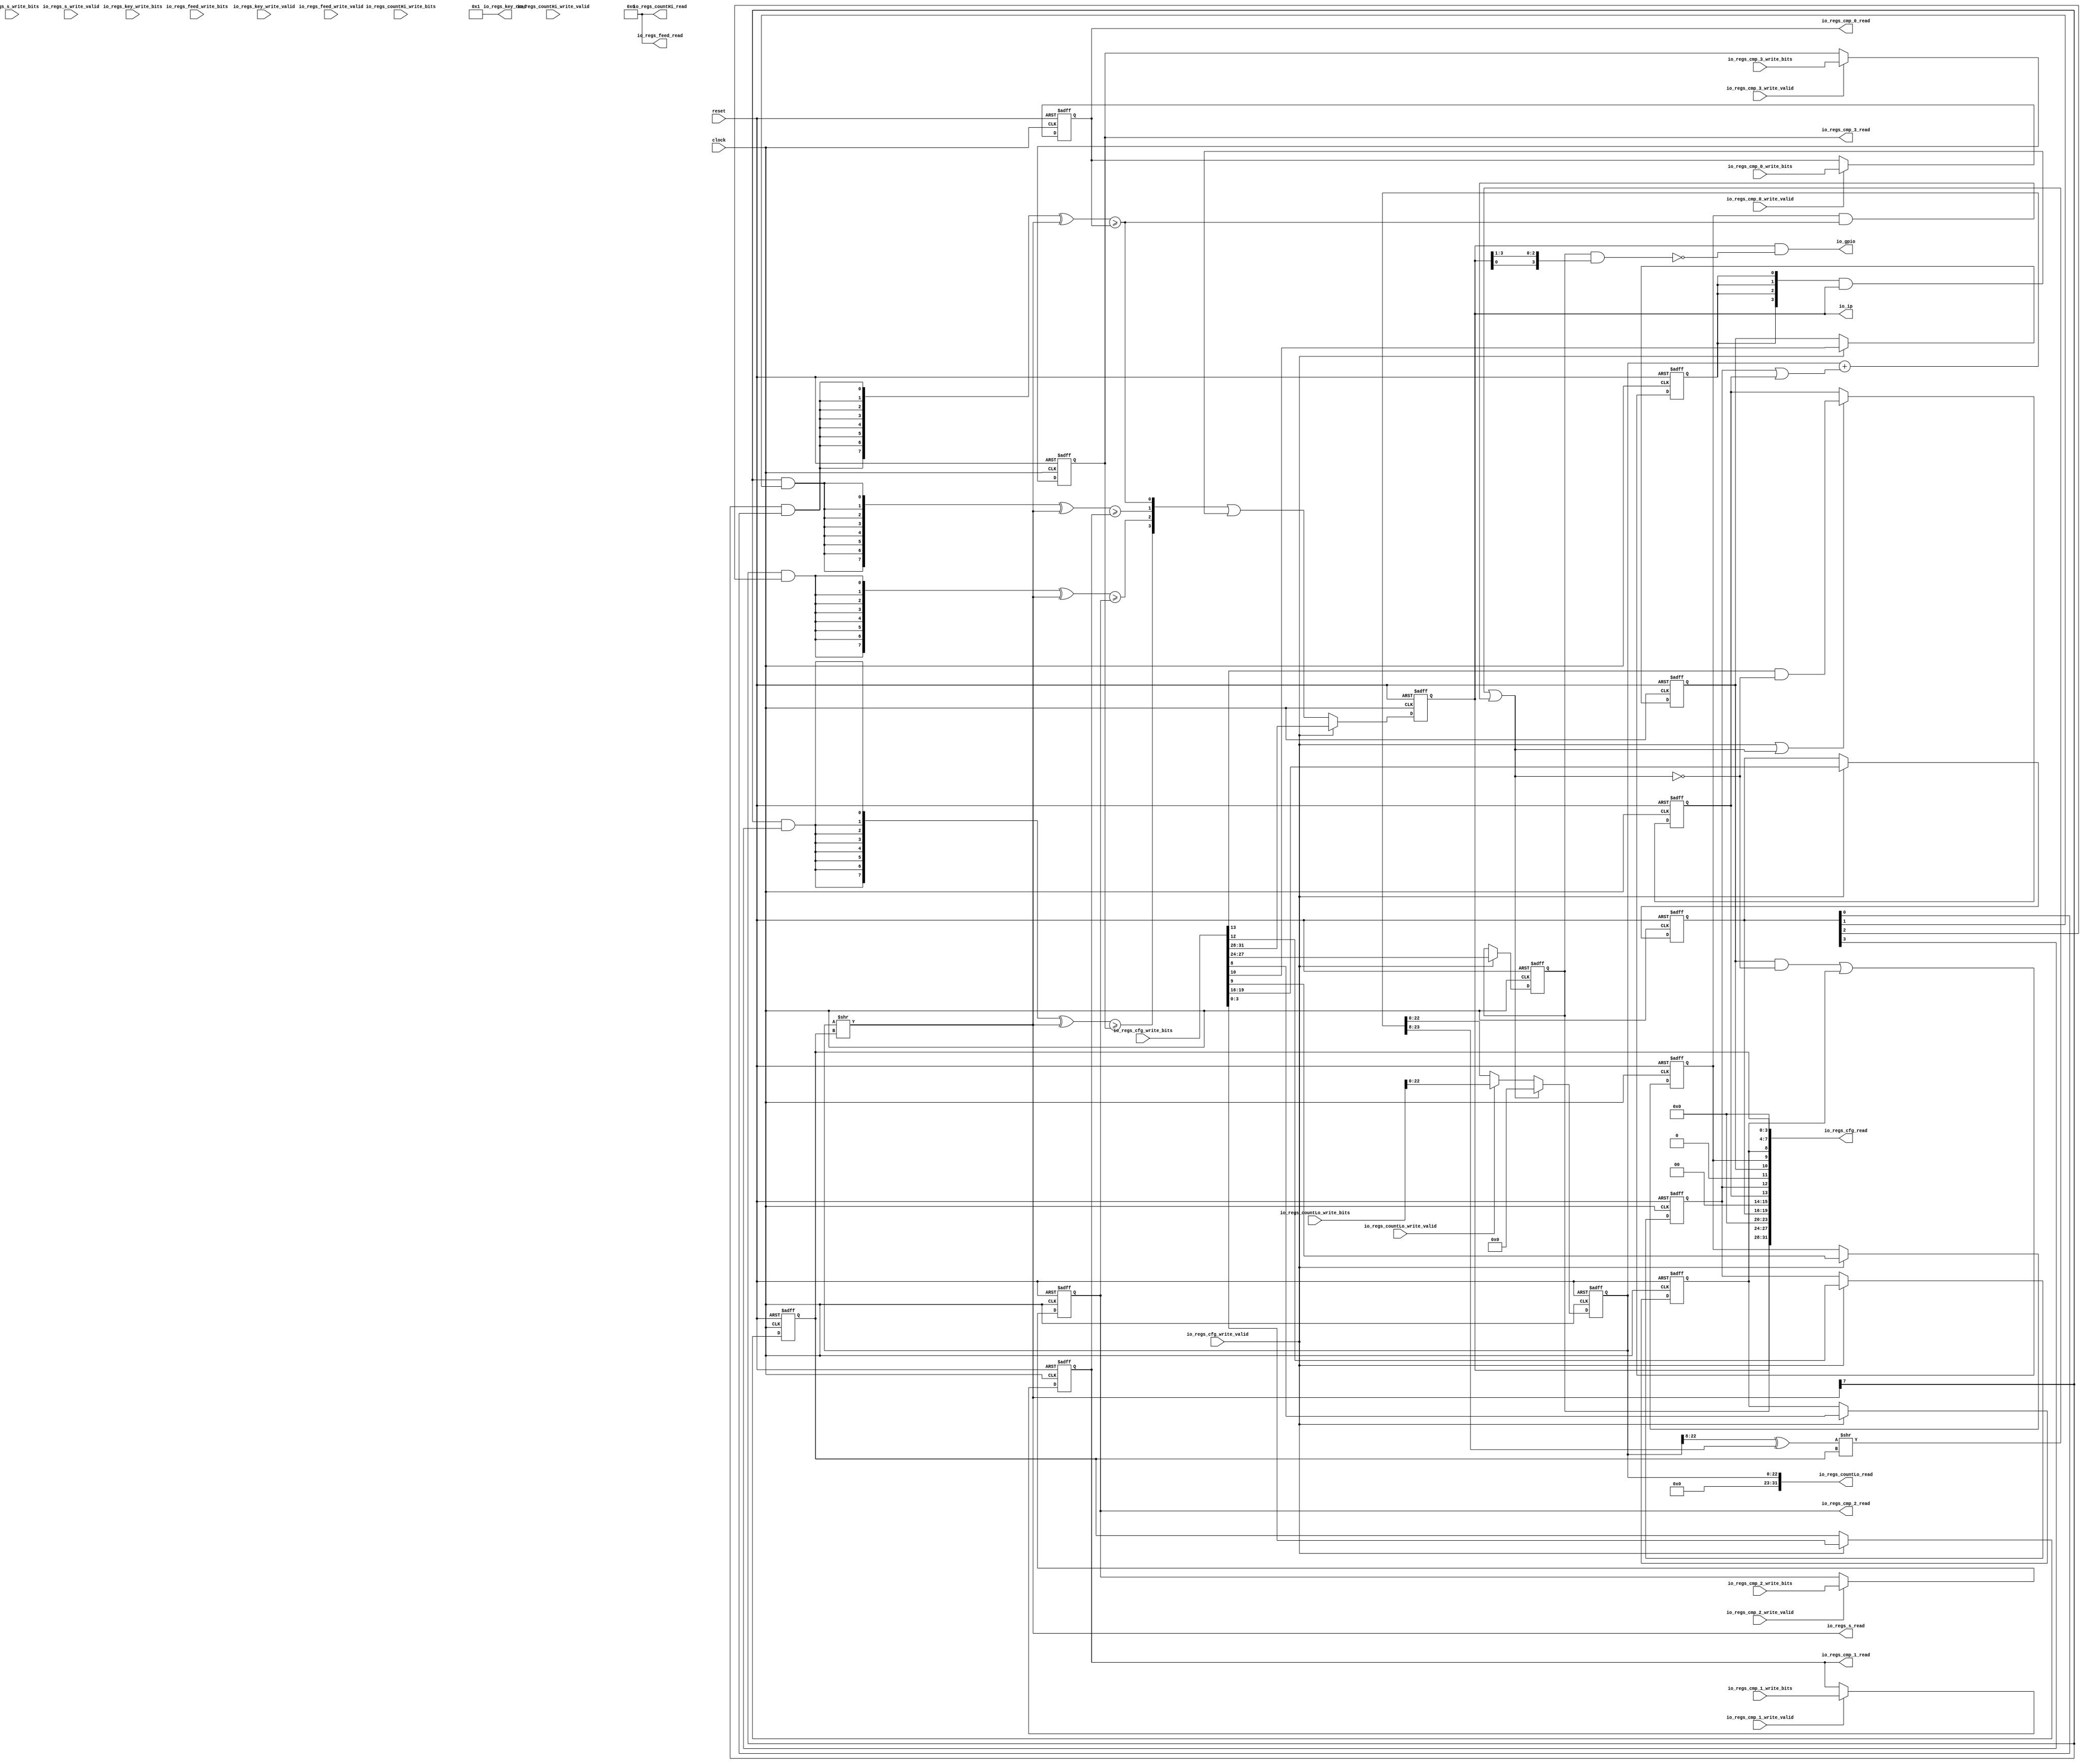
module sirv_pwm8_core(
  input   clock,
  input   reset,
  input   io_regs_cfg_write_valid,
  input  [31:0] io_regs_cfg_write_bits,
  output [31:0] io_regs_cfg_read,
  input   io_regs_countLo_write_valid,
  input  [31:0] io_regs_countLo_write_bits,
  output [31:0] io_regs_countLo_read,
  input   io_regs_countHi_write_valid,
  input  [31:0] io_regs_countHi_write_bits,
  output [31:0] io_regs_countHi_read,
  input   io_regs_s_write_valid,
  input  [7:0] io_regs_s_write_bits,
  output [7:0] io_regs_s_read,
  input   io_regs_cmp_0_write_valid,
  input  [7:0] io_regs_cmp_0_write_bits,
  output [7:0] io_regs_cmp_0_read,
  input   io_regs_cmp_1_write_valid,
  input  [7:0] io_regs_cmp_1_write_bits,
  output [7:0] io_regs_cmp_1_read,
  input   io_regs_cmp_2_write_valid,
  input  [7:0] io_regs_cmp_2_write_bits,
  output [7:0] io_regs_cmp_2_read,
  input   io_regs_cmp_3_write_valid,
  input  [7:0] io_regs_cmp_3_write_bits,
  output [7:0] io_regs_cmp_3_read,
  input   io_regs_feed_write_valid,
  input  [31:0] io_regs_feed_write_bits,
  output [31:0] io_regs_feed_read,
  input   io_regs_key_write_valid,
  input  [31:0] io_regs_key_write_bits,
  output [31:0] io_regs_key_read,
  output  [3:0] io_ip,
  output  [3:0] io_gpio
);
  reg [3:0] scale;
  reg [7:0] cmp_0;
  reg [7:0] cmp_1;
  reg [7:0] cmp_2;
  reg [7:0] cmp_3;
//  reg [4:0] T_196;
//  wire [5:0] T_197;
//  reg [17:0] T_199;
//  wire [18:0] T_202;
  localparam PWMCOUNT_WIDTH = PWMS_WIDTH+15;
  reg [PWMCOUNT_WIDTH-1:0] pwmcount;
  wire [PWMCOUNT_WIDTH:0] pwmcount_inc;
//  wire [32:0] T_207;
  localparam PWMS_WIDTH = 8;
  wire [PWMS_WIDTH-1:0] pwms;
  reg [3:0] center;
  wire [3:0] elapsed;
  wire [3:0] pwms_center;
//  wire [7:0] T_217;
//  wire  elapsed_0;
  reg  zerocmp;
  wire  countReset;
  reg  deglitch;
  reg  sticky;
  reg  ip_clr;
  reg [3:0] ip;
  reg [3:0] gang;
  reg  oneShot;
  reg  countAlways;
//  wire [3:0] T_361;
  assign io_regs_cfg_read = {ip,gang,4'h0,center,2'h0,oneShot,countAlways,1'h0,deglitch,zerocmp,sticky,4'h0,scale};
  assign io_regs_countLo_read = {9'd0, pwmcount};
  assign io_regs_countHi_read = 32'h0;
  assign io_regs_s_read = pwms;
  assign io_regs_cmp_0_read = cmp_0;
  assign io_regs_cmp_1_read = cmp_1;
  assign io_regs_cmp_2_read = cmp_2;
  assign io_regs_cmp_3_read = cmp_3;
  assign io_regs_feed_read = 32'h0;
  assign io_regs_key_read = 32'h1;
  assign io_ip = ip;
//  assign io_gpio_0 = T_361[0];
//  assign io_gpio_1 = T_361[1];
//  assign io_gpio_2 = T_361[2];
//  assign io_gpio_3 = T_361[3];
//  assign T_197 = T_196 + {4'd0, (countAlways | oneShot)};
//  assign T_202 = T_199 + 18'h1;
//  assign pwmcount = {T_199,T_196};
  assign pwmcount_inc = pwmcount + {{PWMCOUNT_WIDTH-1{1'b0}},(countAlways | oneShot)};
//  assign T_207 = {1'h0,io_regs_countLo_write_bits};
  assign pwms = pwmcount >> scale;
  assign pwms_center[0] = pwms[PWMS_WIDTH-1] & center[0];
  assign pwms_center[1] = pwms[PWMS_WIDTH-1] & center[1];
  assign pwms_center[2] = pwms[PWMS_WIDTH-1] & center[2];
  assign pwms_center[3] = pwms[PWMS_WIDTH-1] & center[3];
//  assign T_217 = ~ T_209[7:0];
  assign elapsed[0] = ({PWMS_WIDTH{pwms_center[0]}} ^ pwms) >= cmp_0;
  assign elapsed[1] = ({PWMS_WIDTH{pwms_center[1]}} ^ pwms) >= cmp_1;
  assign elapsed[2] = ({PWMS_WIDTH{pwms_center[2]}} ^ pwms) >= cmp_2;
  assign elapsed[3] = ({PWMS_WIDTH{pwms_center[3]}} ^ pwms) >= cmp_3;
  // Carry out bit from the "scale window" part of the 
//  wire scale_co = ({(T_197[5] ? ({1'd0,T_199[17:1]} ^ T_202[18:1]) : 18'h0), (({1'd0,T_196[4:1]}) ^ T_197[5:1])} >> {~scale[3],scale[2:0]}/*(scale + 4'h8)[3:0]*/);
  wire scale_co = ({1'd0,pwmcount[PWMCOUNT_WIDTH-1:8]} ^ pwmcount_inc[PWMCOUNT_WIDTH:8]) >> scale;
  assign countReset = scale_co | (zerocmp & elapsed[0]);
  assign io_gpio = ip & ~(gang & {ip[0],ip[3:1]});
  
  always @(posedge clock or posedge reset)
  if(reset) begin
      scale <= 4'b0;
      cmp_0 <= 8'b0;
      cmp_1 <= 8'b0;
      cmp_2 <= 8'b0;
      cmp_3 <= 8'b0;
//      T_196 <= 5'b0;
//      T_199 <= 18'b0;
      pwmcount <= {PWMCOUNT_WIDTH{1'b0}};
      center <= 4'b0;
      zerocmp <= 1'b0;
      deglitch <= 1'b0;
      sticky <= 1'b0;
      ip_clr <= 1'b0;
      ip <= 4'b0;
      gang <= 4'b0;
  end
  else begin
    if (io_regs_cfg_write_valid) begin
      scale <= io_regs_cfg_write_bits[3:0];
    end
    if (io_regs_cmp_0_write_valid) begin
      cmp_0 <= io_regs_cmp_0_write_bits;
    end
    if (io_regs_cmp_1_write_valid) begin
      cmp_1 <= io_regs_cmp_1_write_bits;
    end
    if (io_regs_cmp_2_write_valid) begin
      cmp_2 <= io_regs_cmp_2_write_bits;
    end
    if (io_regs_cmp_3_write_valid) begin
      cmp_3 <= io_regs_cmp_3_write_bits;
    end
//    T_196 <= (countReset ?  5'h0 : (io_regs_countLo_write_valid ? T_207[4:0] : T_197[4:0]));
//    T_199 <= (countReset ? 18'h0 : (io_regs_countLo_write_valid ? T_207[23:5] : (T_197[5] ? T_202[17:0] : T_199)));
    pwmcount <= (countReset ?  {PWMCOUNT_WIDTH{1'b0}} : (io_regs_countLo_write_valid ? io_regs_countLo_write_bits[PWMCOUNT_WIDTH-1:0] : pwmcount_inc[PWMCOUNT_WIDTH-1:0]));
    if (io_regs_cfg_write_valid) begin
      center <= io_regs_cfg_write_bits[19:16];
    end
    if (io_regs_cfg_write_valid) begin
      zerocmp <= io_regs_cfg_write_bits[9];
    end
    if (io_regs_cfg_write_valid) begin
      deglitch <= io_regs_cfg_write_bits[10];
    end
    if (io_regs_cfg_write_valid) begin
      sticky <= io_regs_cfg_write_bits[8];
    end
    ip_clr <= ((deglitch & ~countReset) | sticky);
    if (io_regs_cfg_write_valid) begin
      ip <= io_regs_cfg_write_bits[31:28];
    end else begin
//      ip <= (
//          ( {({3{T_209[7]}} & center[3:1]),T_216} &  {(T_217 >= cmp_3),(T_217 >= cmp_2),(T_217 >= cmp_1),elapsed[0]}) |
//          (~{({3{T_209[7]}} & center[3:1]),T_216} & ({(T_209[7:0] >= cmp_3),(T_209[7:0] >= cmp_2),(T_209[7:0] >= cmp_1),elapsed[0]} | ({4{ip_clr}} & ip)))
//      );
      ip <= elapsed | ({4{ip_clr}} & ip);
    end
    if (io_regs_cfg_write_valid) begin
      gang <= io_regs_cfg_write_bits[27:24];
    end
  end

  always @(posedge clock or posedge reset)
    if (reset) begin
      oneShot <= 1'h0;
    end else begin
      if ((io_regs_cfg_write_valid | countReset)) begin
        oneShot <= (io_regs_cfg_write_bits[13] & ~countReset);
      end
    end

  always @(posedge clock or posedge reset)
    if (reset) begin
      countAlways <= 1'h0;
    end else begin
      if (io_regs_cfg_write_valid) begin
        countAlways <= io_regs_cfg_write_bits[12];
      end
    end

endmodule